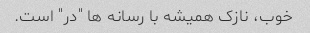
خوب، نازک همیشه با رسانه ها "در" است.